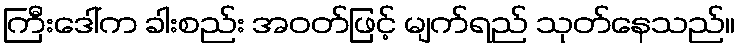
ကြီးဒေါ်က ခါးစည်း အဝတ်ဖြင့် မျက်ရည် သုတ်နေသည်။